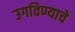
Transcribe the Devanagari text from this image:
उगविण्याचे